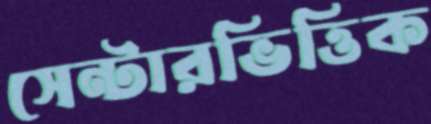
সেন্টারভিত্তিক